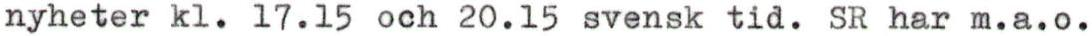
nyheter kl. 17.15 och 20.15 svensk tid. SR har m.a.o.